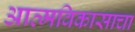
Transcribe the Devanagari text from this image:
आत्मविकासाचा